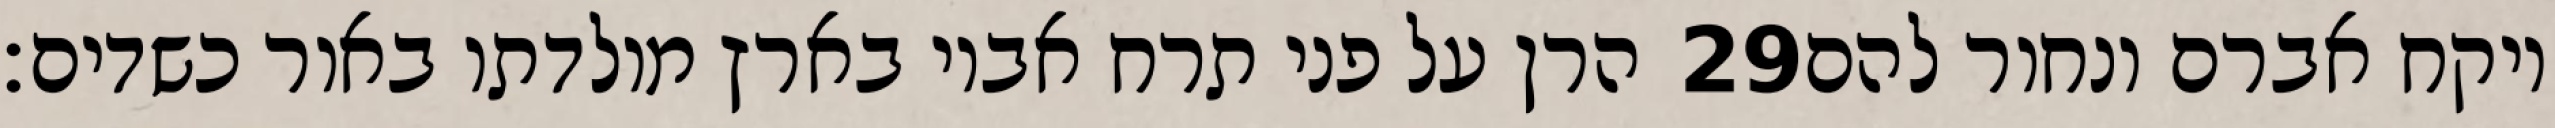
הרן על פני תרח אביו בארץ מולדתו באור כשדים׃ ‎29‏ ויקח אברם ונחור להם